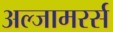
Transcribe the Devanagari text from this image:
अल्जामरर्स